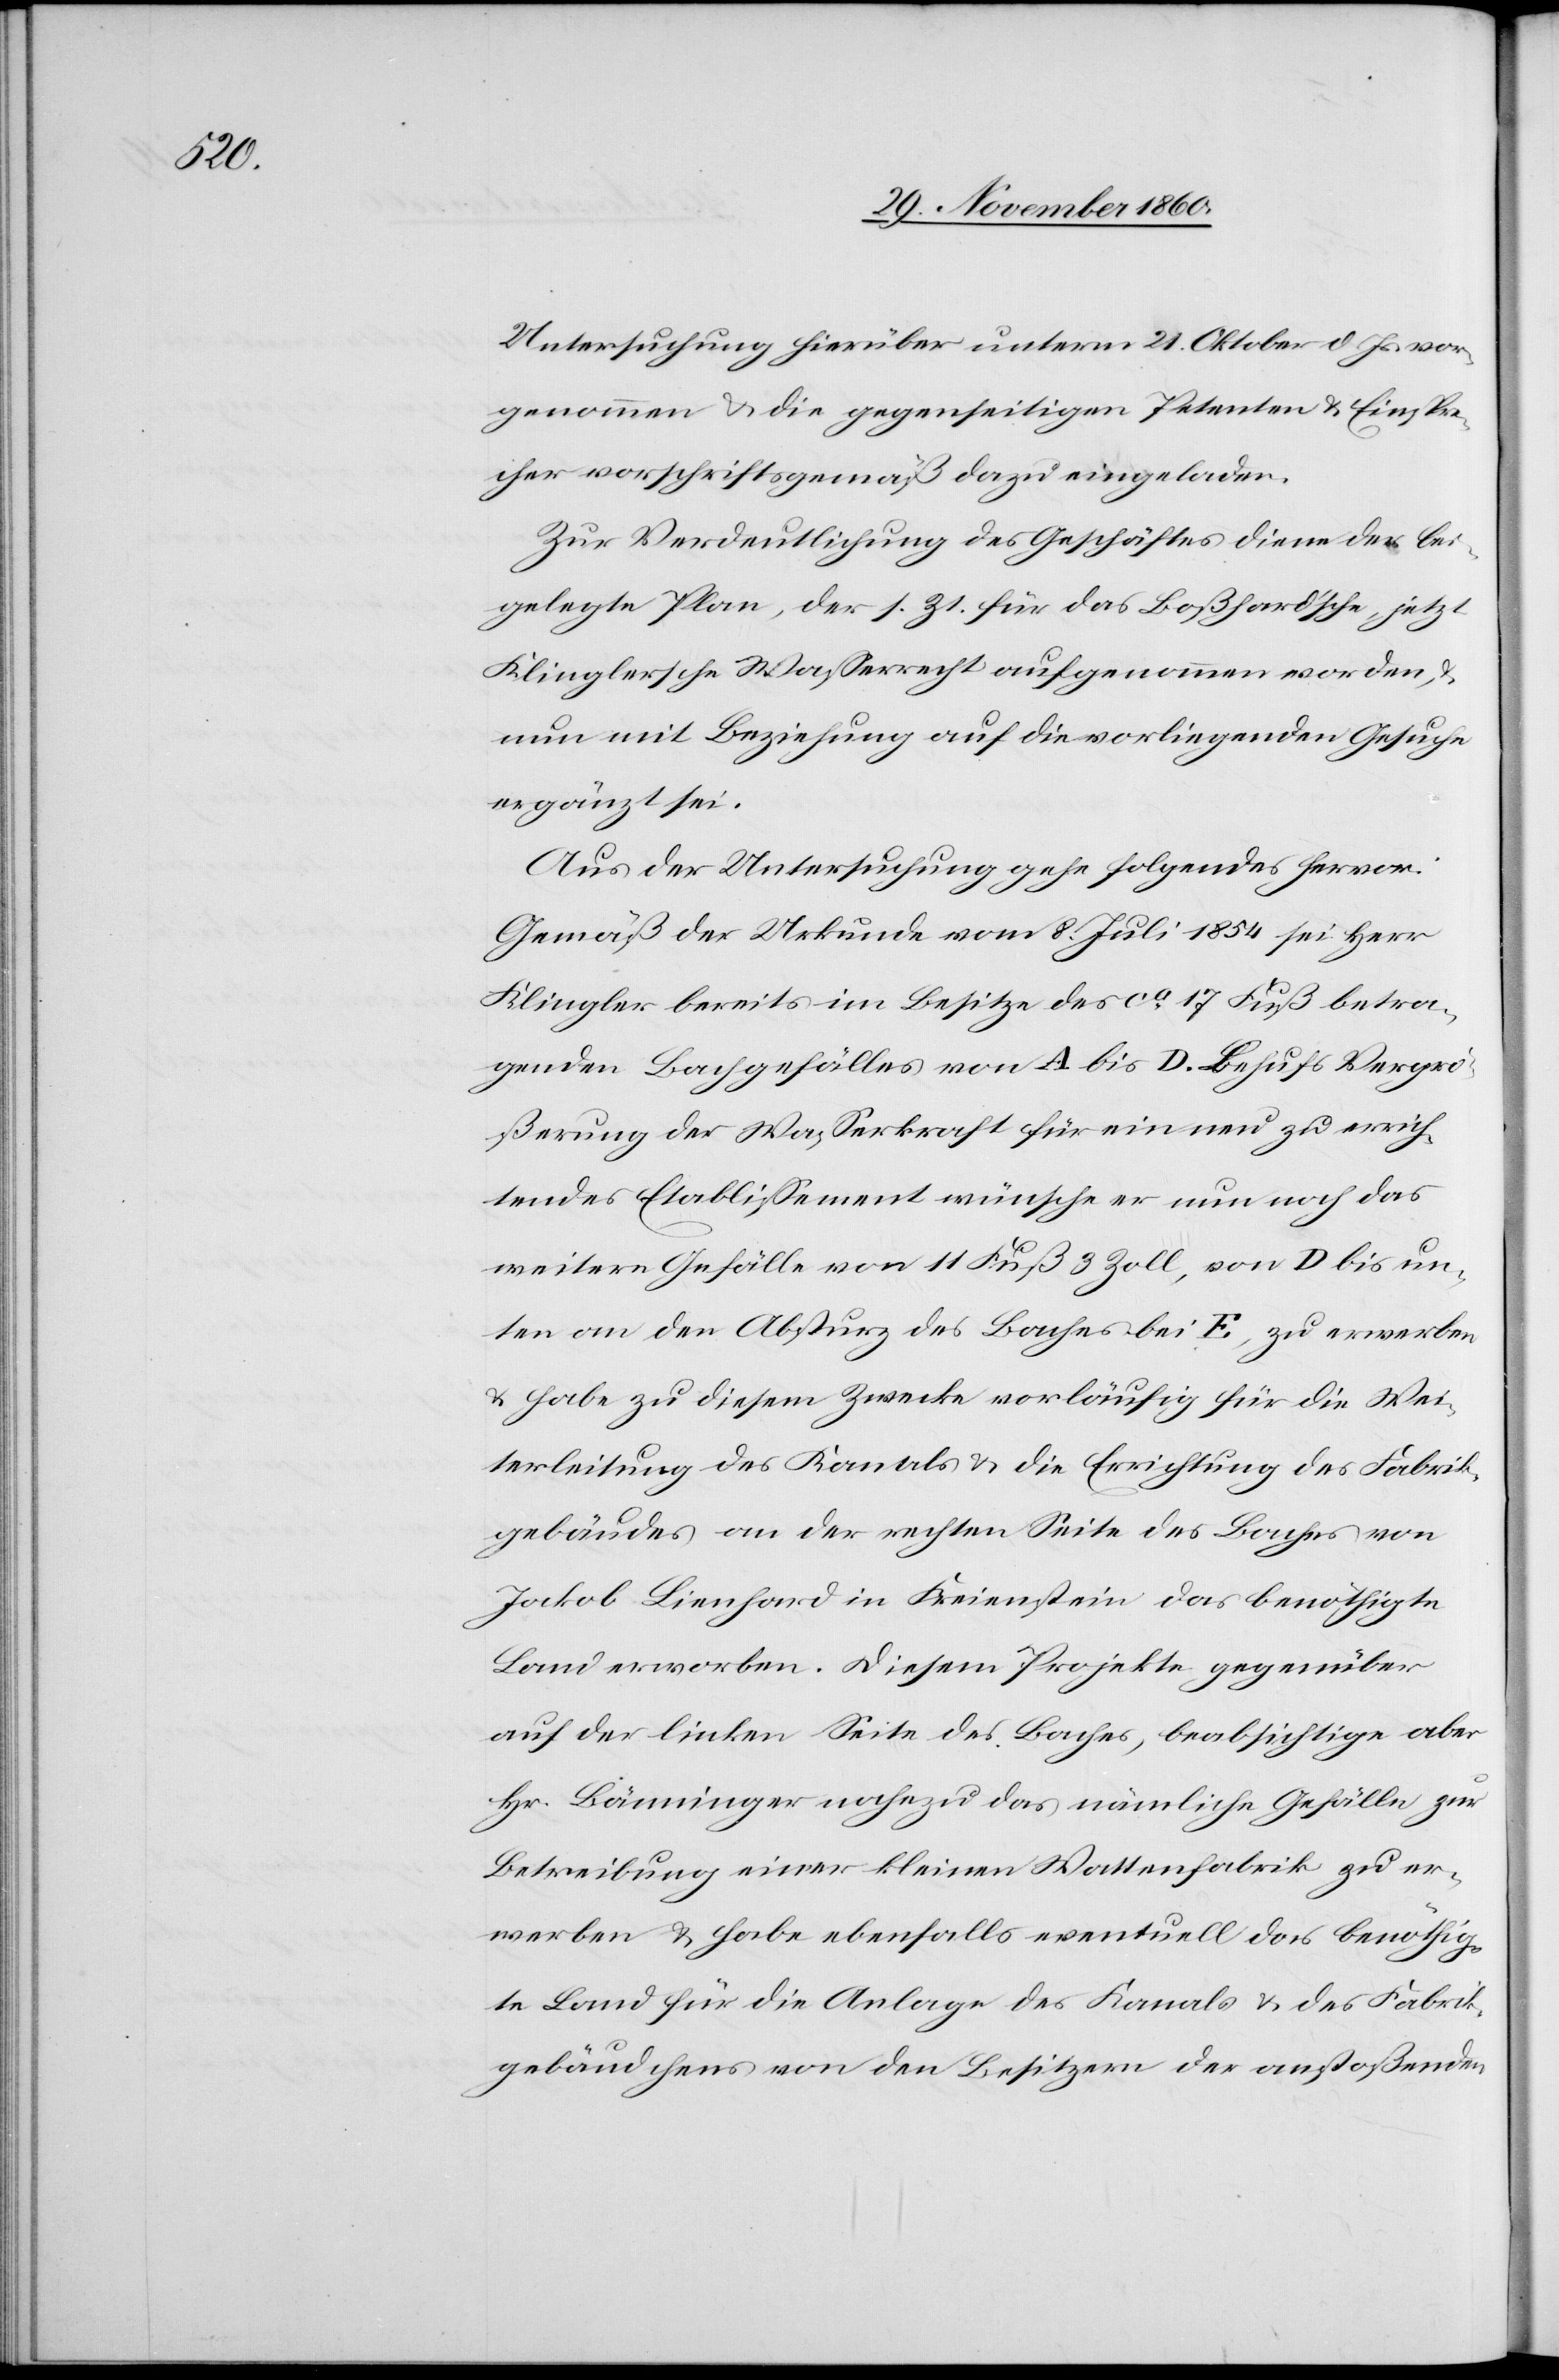
Untersuchung hierüber unterm 21. Oktober d. Js. vor¬
genommen u. die gegenseitigen Petenten u. Einspre¬
cher vorschriftsgemäß dazu eingeladen.
Zur Verdeutlichung des Geschäftes diene der bei¬
gelegte Plan, der s. Zt. für das Boßhard’sche, jetzt
Klingersche Wasserrecht aufgenommen worden, u.
nun mit Beziehung auf die vorliegenden Gesuche
ergänzt sei.
Aus der Untersuchung gehe folgendes hervor:
Gemäß der Urkunde vom 8. Juli 1854 sei Herr
Klingler bereits im Besitze des ca 17 Fuß betra¬
genden Bachgefälles von A bis D. Behufs Vergrö¬
ßerung der Wasserkraft für ein neu zu errich¬
tendes Etablissement wünsche er nun noch das
weitere Gefälle von 11 Fuß 3 Zoll, von D bis un¬
ten an den Absturz des Baches bei E, zu erwerben
u. habe zu diesem Zwecke vorläufig für die Wei¬
terleitung des Kanals u. die Errichtung des Fabrik¬
gebäudes an der rechten Seite des Baches von
Jakob Lienhard in Freienstein das benöthigte
Land erworben. Diesem Projekte gegenüber
auf der linken Seite des Baches, beabsichtige aber
Hr. Bänninger nahezu das nämliche Gefälle zur
Betreibung einer kleinen Wattenfabrik zu er¬
werben u. habe ebenfalls eventuell das benöthig¬
te Land für die Anlage des Kanals u. des Fabrik¬
gebäudchens von den Besitzern der anstoßenden